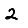
Digit: 2